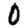
Digit: 0